Report on the Civil Veterinary Department, Eastern Bengal and Assam - 1907-1911
Year: 1907
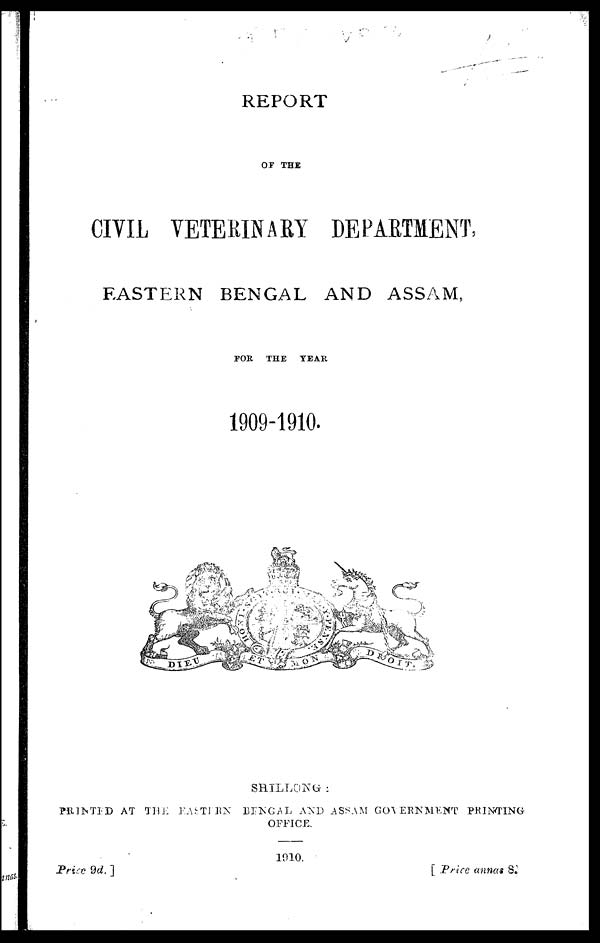
REPORT
OF THE
CIVIL VETERINARY DEPARTMENT,
EASTERN BENGAL AND ASSAM,
FOR THE TEAR
1909-1910.
SHILLONG:
PRINTED AT THE EASTERN BENGAL AND ASSAM GOVERNMENT PRINTING
OFFICE.
1910.
Price 9d. ]
[ Price annas 8.]